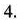
4.